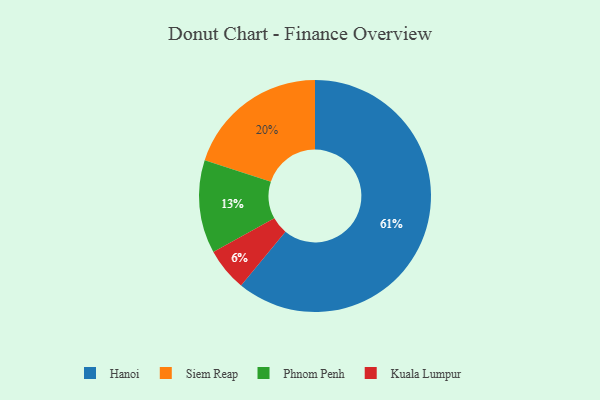
{"axis": {"x": "Category", "y": "Percentage"}, "legend": ["Hanoi", "Kuala Lumpur", "Phnom Penh", "Siem Reap"], "data": [{"x": "Siem Reap", "y": 20, "type": "Siem Reap"}, {"x": "Phnom Penh", "y": 13, "type": "Phnom Penh"}, {"x": "Kuala Lumpur", "y": 6, "type": "Kuala Lumpur"}, {"x": "Hanoi", "y": 61, "type": "Hanoi"}]}